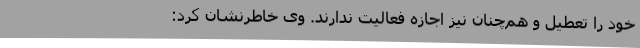
خود را تعطیل و هم‌چنان نیز اجازه فعالیت ندارند. وی خاطرنشان کرد: